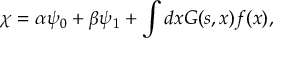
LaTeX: \chi = \alpha \psi _ { 0 } + \beta \psi _ { 1 } + \int d x G ( s , x ) f ( x ) ,